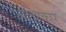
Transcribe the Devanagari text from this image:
आचिष्कार